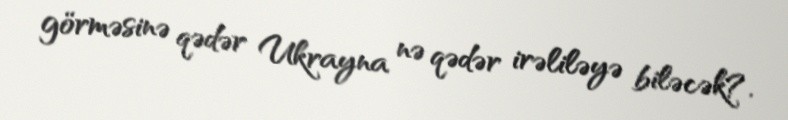
görməsinə qədər Ukrayna nə qədər irəliləyə biləcək?.